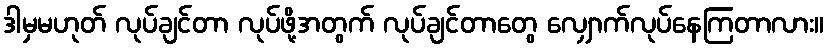
ဒါမှမဟုတ် လုပ်ချင်တာ လုပ်ဖို့အတွက် လုပ်ချင်တာတွေ လျှောက်လုပ်နေကြတာလား။